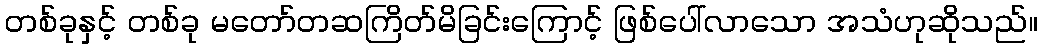
တစ်ခုနှင့် တစ်ခု မတော်တဆကြိတ်မိခြင်းကြောင့် ဖြစ်ပေါ်လာသော အသံဟုဆိုသည်။